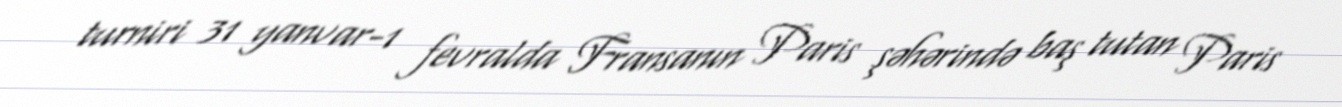
turniri 31 yanvar-1 fevralda Fransanın Paris şəhərində baş tutan Paris